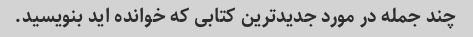
چند جمله در مورد جدیدترین کتابی که خوانده اید بنویسید.